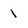
Character: 1